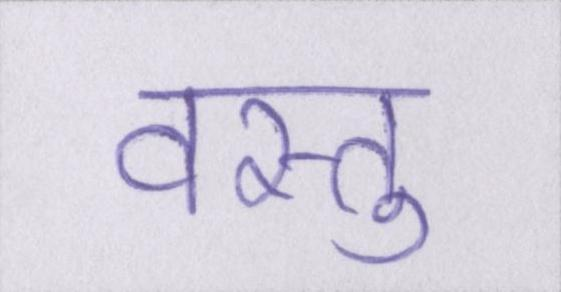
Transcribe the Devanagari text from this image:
वस्तु